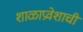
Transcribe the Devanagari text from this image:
शाळाप्रवेशाची